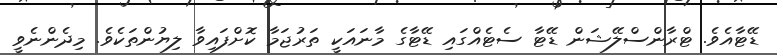
ޑޭޓާއެވެ. ޓްރާންސްލޭޝަން ޑޭޓާ ސެޓެއްގައި ޑޭޓާގެ މާނައަކީ ތަރުޖަމާ ކޮށްފައިވާ ލިޔުންތަކެވެ. މިދެންނެވީ